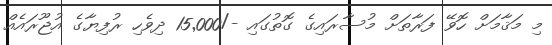
މި މަޤާމަށް ހޮވޭ ފަރާތަށް މުސާރައިގެ ގޮތުގައި -/15